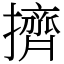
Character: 擠